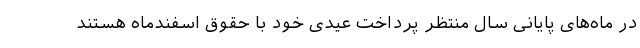
در ماه‌های پایانی سال منتظر پرداخت عیدی خود با حقوق اسفندماه هستند